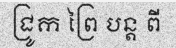
ជ្រូក ព្រៃ បន្ត ពី